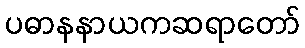
ပဓာနနာယကဆရာတော်